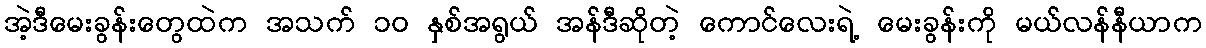
အဲ့ဒီမေးခွန်းတွေထဲက အသက် ၁၀ နှစ်အရွယ် အန်ဒီဆိုတဲ့ ကောင်လေးရဲ့ မေးခွန်းကို မယ်လန်နီယာက